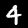
Digit: 4